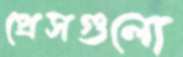
প্রেসগুলো